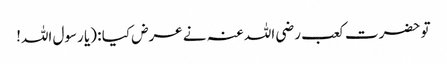
تو حضرت کعب رضی اللہ عنہ نے عرض کیا : (یا رسول اللہ!